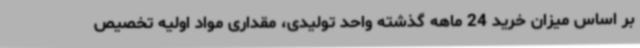
بر اساس میزان خرید 24 ماهه گذشته واحد تولیدی، مقداری مواد اولیه تخصیص